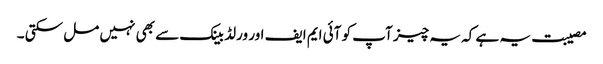
مصیبت یہ ہے کہ یہ چیز آپ کو آئی ایم ایف اور ورلڈ بینک سے بھی نہیں مل سکتی ۔